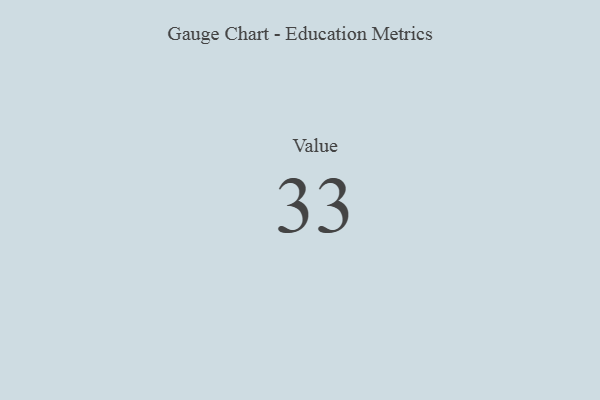
{"axis": {"x": "Metric", "y": "Value"}, "legend": [""], "data": [{"x": "Value", "y": 33, "type": ""}]}